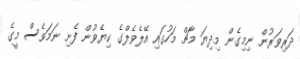
ދަރިވަރުން ނިމިގެން މިދިޔަ މާޗް މަހުގައި އޭލެވެލްގެ ކިޔެވުން ފެށި ނަމަވެސް މީގެ